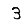
Digit: 3